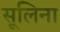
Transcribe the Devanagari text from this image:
सूलिना